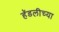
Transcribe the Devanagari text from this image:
हॅडलीच्या